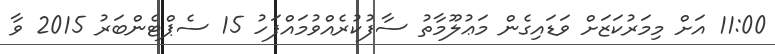
11:00 އަށް މިމަރުކަޒަށް ވަޑައިގެން މަޢުލޫމާތު ސާފުކުރެއްވުމައްފަހު 15 ސެޕްޓެންބަރު 2015 ވާ